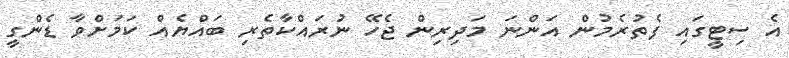
އެ ސިޓީގައި ފެތުރެމުން އަންނަ މަދިރިން ޖެހޭ ނުރައްކާތެރި ބައްޔެއް ކަމަށްވާ ޑެންގީ